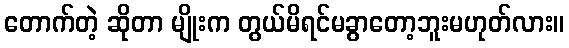
တောက်တဲ့ ဆိုတာ မျိုးက တွယ်မိရင်မခွာတော့ဘူးမဟုတ်လား။